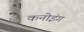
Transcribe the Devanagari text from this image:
कनोइंग